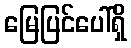
မြေပြင်ပေါ်ရှိ